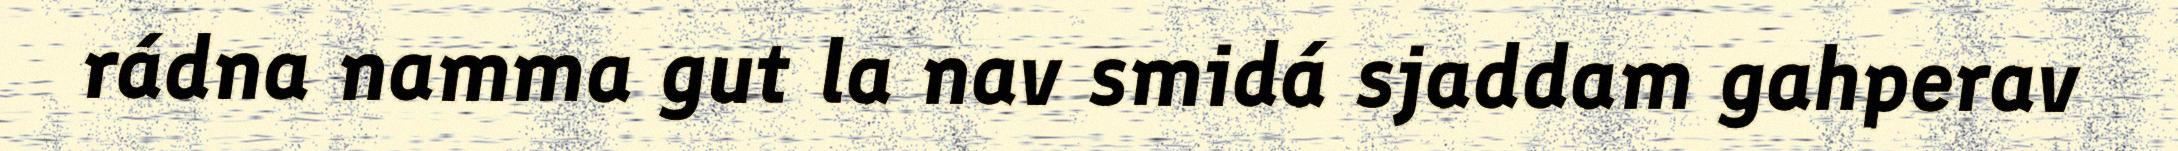
rádna namma gut la nav smidá sjaddam gahperav